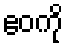
ဧဝကို